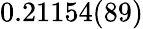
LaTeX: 0.21154(89)